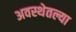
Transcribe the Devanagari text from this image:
अवस्थेतल्या